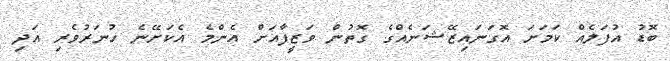
ބޮޑު އުފަލެއް ކަމަށަ އޮގަނައިޒޭޝަނެއްގެ ގޮތުން ވަޒީފާއަށް އެންމެ އެކަށޭނެ ހުނަރުވެރި އަދި